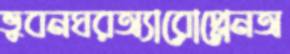
ভুবনঘরঅ্যারোপ্লেনঅ